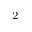
^ 2